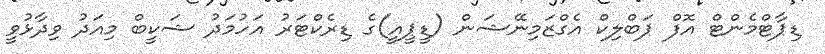
ޑިޕާޓްމެންޓް އޮފް ޕަބްލިކް އެގްޒަމިނޭޝަން (ޑީޕީއީ)ގެ ޑިރެކްޓަރު އަހުމަދު ޝަކީބް މިއަދު ވިދާޅުވީ